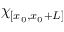
\chi _ { { [ x _ { 0 } , x _ { 0 } + L ] } }